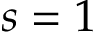
s = 1